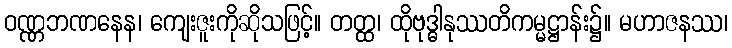
ဝဏ္ဏဘဏနေန၊ ကျေးဇူးကိုဆိုသဖြင့်။ တတ္ထ၊ ထိုဗုဒ္ဓါနုဿတိကမ္မဋ္ဌာန်း၌။ မဟာဇနဿ၊